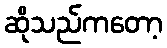
ဆိုသည်ကတော့